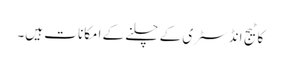
کاٹیج انڈسٹری کے چلنے کے امکانا ت ہیں۔